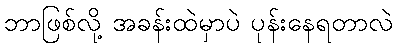
ဘာဖြစ်လို့ အခန်းထဲမှာပဲ ပုန်းနေရတာလဲ